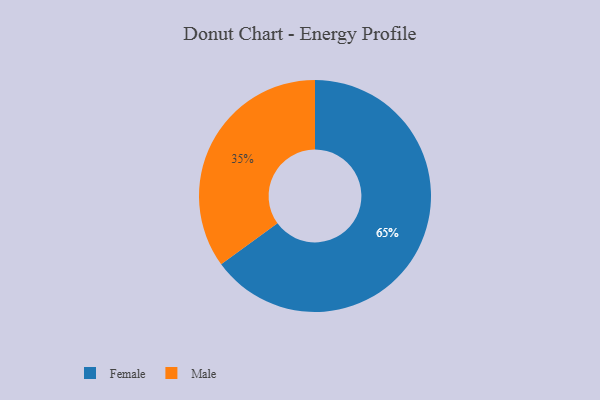
{"axis": {"x": "Category", "y": "Percentage"}, "legend": ["Female", "Male"], "data": [{"x": "Male", "y": 35, "type": "Male"}, {"x": "Female", "y": 65, "type": "Female"}]}